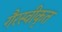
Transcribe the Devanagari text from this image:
गैरस्वीकृत